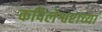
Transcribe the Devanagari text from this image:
कपिलेश्वराच्या